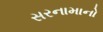
સરનામાનો